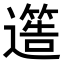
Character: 𮟐